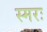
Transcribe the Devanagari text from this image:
स्मरः